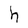
Character: h